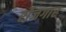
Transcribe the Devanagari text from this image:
र्रोजगार